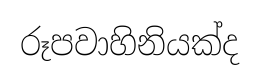
රූපවාහිනියක්ද